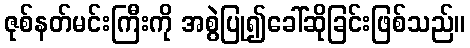
ဇုစ်နတ်မင်းကြီးကို အစွဲပြု၍ခေါ်ဆိုခြင်းဖြစ်သည်။